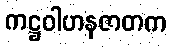
ကဋ္ဌဝါဟနဇာတက